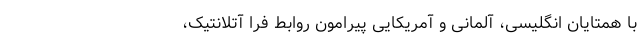
با همتایان انگلیسی، آلمانی و آمریکایی پیرامون روابط فرا آتلانتیک،